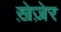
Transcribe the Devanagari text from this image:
ख़ेज़ेर